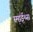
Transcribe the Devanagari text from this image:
स्माईथ्स